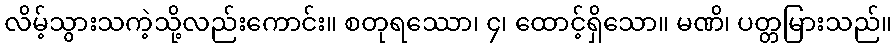
လိမ့်သွားသကဲ့သို့လည်းကောင်း။ စတုရဿော၊ ၄၊ ထောင့်ရှိသော။ မဏိ၊ ပတ္တမြားသည်။